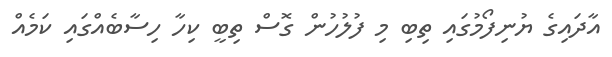
އާދައިގެ ޔުނިފޯމުގައި ތިބި މި ފުލުހުން ގޮސް ތިބީ ކިހާ ހިސާބެއްގައި ކަމެއް